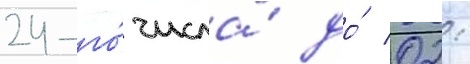
24-го́ числа́ до́ 02: